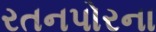
રતનપોરના